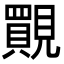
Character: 䚑